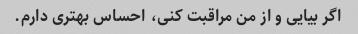
اگر بیایی و از من مراقبت کنی، احساس بهتری دارم.